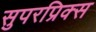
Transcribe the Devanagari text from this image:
सुपरप्रिक्स